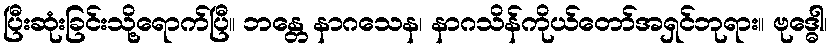
ပြီးဆုံးခြင်းသို့ရောက်ပြီ။ ဘန္တေ နာဂသေန၊ နာဂသိန်ကိုယ်တော်အရှင်ဘုရား။ ဗုဒ္ဓေါ၊